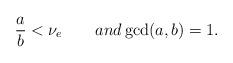
LaTeX: \begin{align*}\frac{a}{b}<\nu_e\qquad{and}\gcd(a,b)=1.\end{align*}